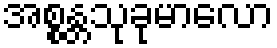
အစ္စန္တသုခုမာလော